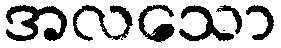
အလသော